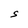
Character: S